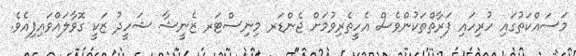
މަސައްކަތުގައި ހުރިހައި ފަރާތްތަކުންވެސް އެހީތެރިވުމަށް ޖެންޑަރ މިނިސްޓަރ ޒެނީޝާ ޝަހީދު ޒަކީ ގޮވާލައްވައިފިއެވެ.